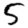
Digit: 5